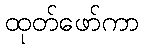
ထုတ်ဖော်ကာ